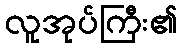
လူအုပ်ကြီး၏